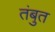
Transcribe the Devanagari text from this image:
तंबुत